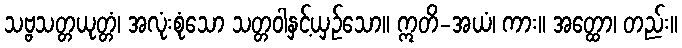
သဗ္ဗသတ္တယုတ္တံ၊ အလုံးစုံသော သတ္တဝါနှင့်ယှဉ်သော။ ဣတိ-အယံ၊ ကား။ အတ္ထော၊ တည်း။